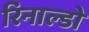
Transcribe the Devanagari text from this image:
रिनाल्डो